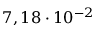
7 , 1 8 \cdot 1 0 ^ { - 2 }